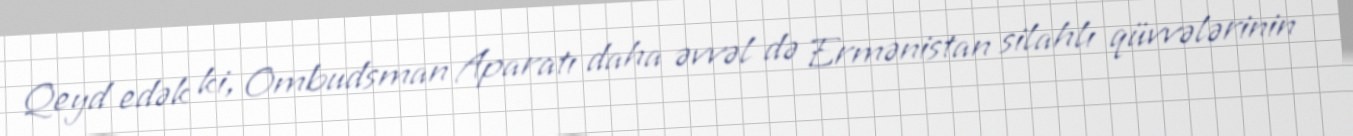
Qeyd edək ki, Ombudsman Aparatı daha əvvəl də Ermənistan silahlı qüvvələrinin